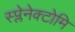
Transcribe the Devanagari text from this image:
स्प्लेनेक्टोमि